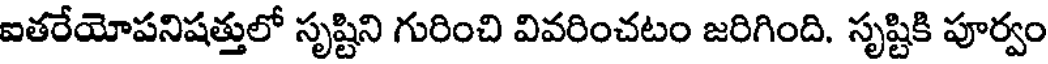
ఐతరేయోపనిషత్తులో సృష్టిని గురించి వివరించటం జరిగింది. సృష్టికి పూర్వం